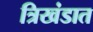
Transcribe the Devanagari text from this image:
त्रिखंडात